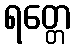
ရတ္တေ